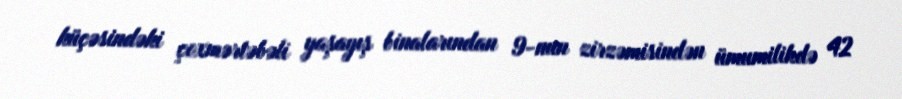
küçəsindəki çoxmərtəbəli yaşayış binalarından 9-nun zirzəmisindən ümumilikdə 42